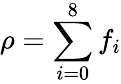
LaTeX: \rho=\sum_{i=0}^{8}f_{i}